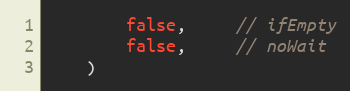
Language: Go
		false,     // ifEmpty
		false,     // noWait
	)